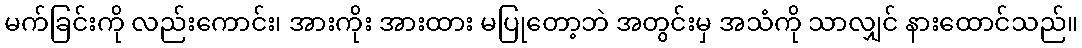
မက်ခြင်းကို လည်းကောင်း၊ အားကိုး အားထား မပြုတော့ဘဲ အတွင်းမှ အသံကို သာလျှင် နားထောင်သည်။